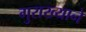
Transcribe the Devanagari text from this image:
गुराख्याने